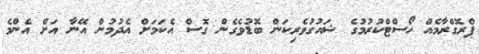
ޕްރޮގްރާމެއް ހޯސްޓްކުރުމުގެ ޝައުގުވެރިކަން ބޮޑުވެގެން ގޮސް އެކަމަށް އެދުމުން އޭނާ އަށް އެންމެ